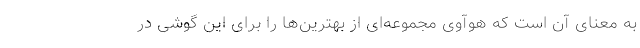
به معنای آن است که هوآوی مجموعه‌ای از بهترین‌ها را برای این گوشی در